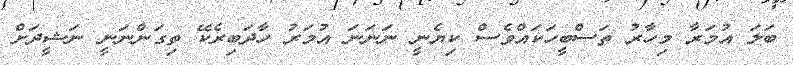
ބަލަ އުމަރާ މިހާރު ތަސްބީހަކައްވެސް ކިޔެނީ ނަނަނަ އުމަރު ހާދަބިރެކޭ ތިގަންނަނީ ނަޝީދަށް